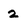
Character: 2